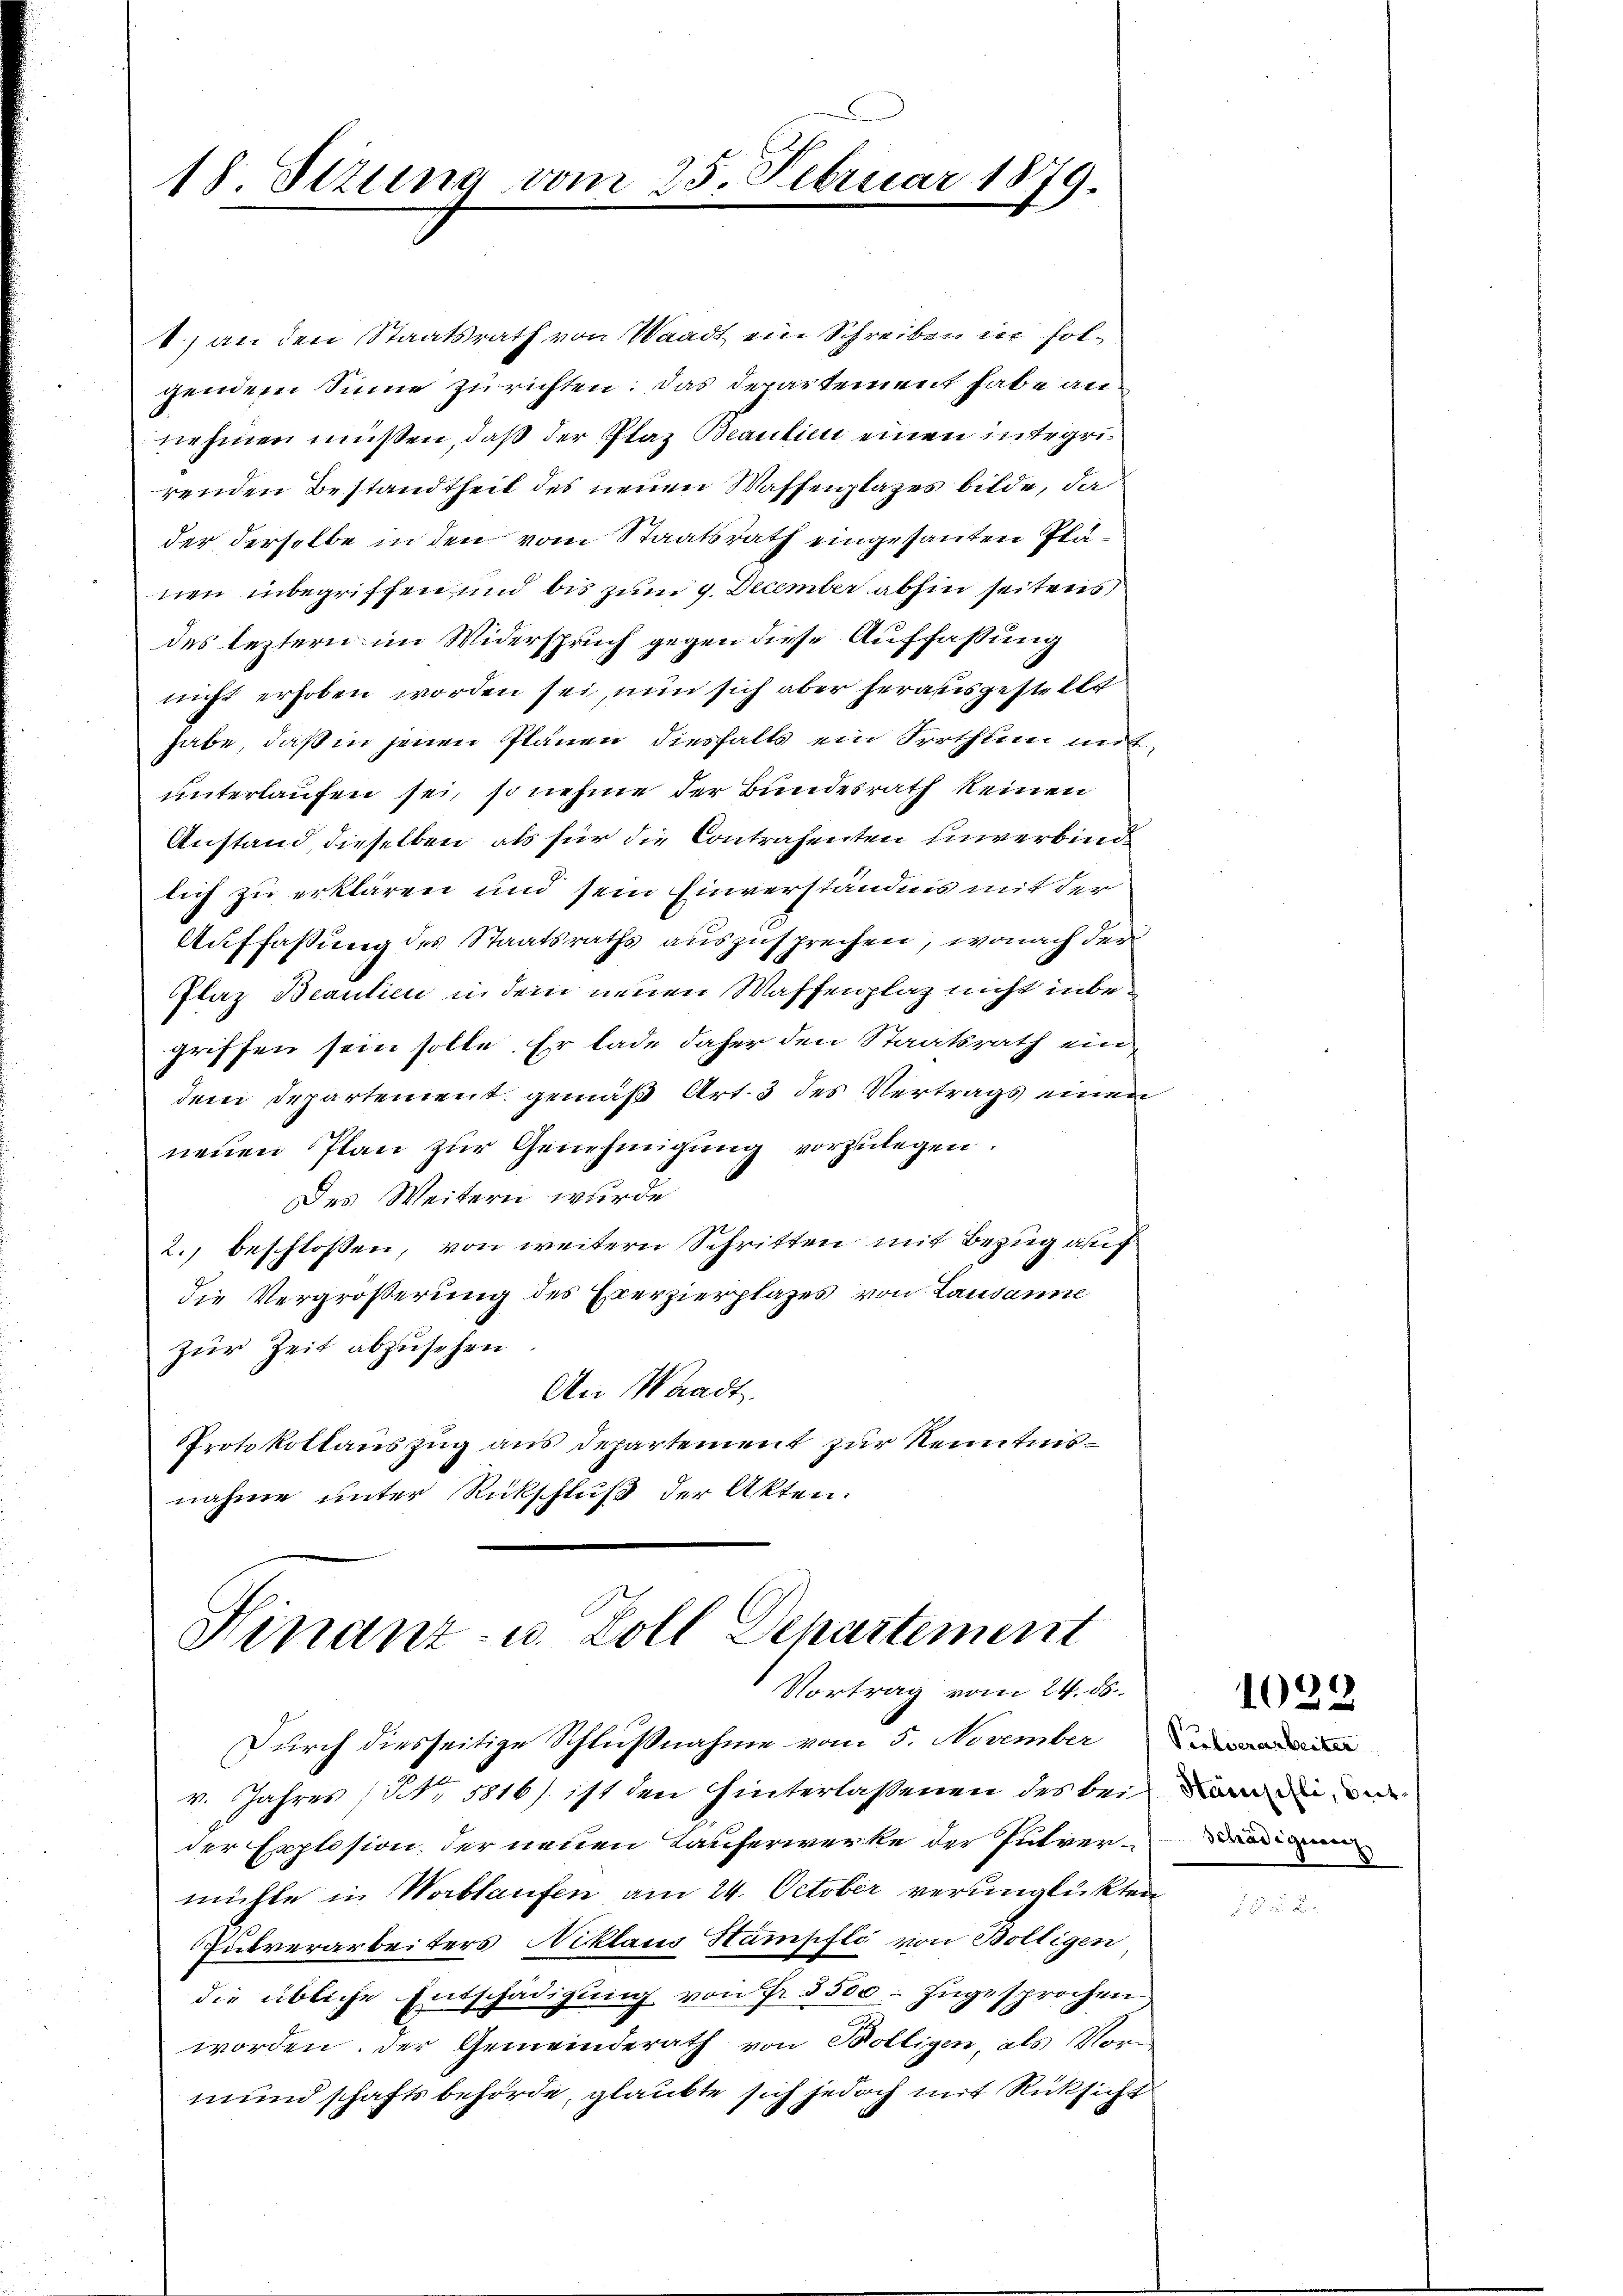
18. Stzung vom 25. Februar 1879.

1) an den Staatsrath von Waadt ein Schreiben in Folgendem Sinne zurichten. Das Departement habe an
nehmen müßen, daß der Plaz Beaulien einen integri
renden Bestandtheit des neuen Waffenplazes bilde, da
der derselbe in den vom Staatsrath eingesanten Plänen inbegriffen und bis zum 9. December abhin seitens
des leztern im Widerspruch gegen diese Auffassung
nicht erhoben worden sei, nun sich aber herausgestellt
habe, daß in jenen Plänen diesfalls ein Irrthum mit
unterlaufen sei, so nehme der Bundesrath keinen
Anstand, dieselben als für die Contrahenten unverbinde
lich zu erklären und sein Einverständnis mit der
Auffassung des Staatsraths auszusprechen, wonach der
Flaz Beantien in dem neuen Waffenplatz nicht inbegriffen sein solle. Er lade daher den Staatsrath eindem Departement gemäß Art. 3 des Vertrags einen
neuen Plan zur Genehmigung vorzulegen.
Des Weitern wurde
2. beschlossen, von weitern Schritten mit Bezug auf
die Vergrößerung des Exerzierplazes von Lausanne
zur Zeit abzusehen
An Waadt.
Protokollauszug aus Departement zur Kenntnisnahme unter Rückschluß der Akten.

Hinanz- u. Zoll Departement
Vortrag vom 24. 56.

Durch diesseitige Schlußnahme vom 5. November
M. Jahres (Nr. 5816/. ist den hinterlassenen des bei de
der Explosion der neuen Tauferwerke der Pulvermühle in Wortlaufen am 24. October verunglükten
Putverarbeiters Niklaus Stampfli von Boltigen
die übliche Entschädigung von Fr. 5500. zugesprochen
worden. Der Gemeinderath von Bölligen, als Vormundschaftsbehörde, glaubte sich jedoch mit Rücksicht

1690

Schädigung